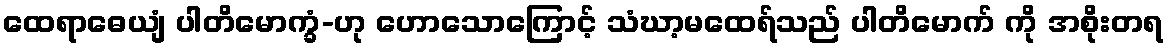
ထေရာဓေယျံ ပါတိမောက္ခံ-ဟု ဟောသောကြောင့် သံဃာ့မထေရ်သည် ပါတိမောက် ကို အစိုးတရ